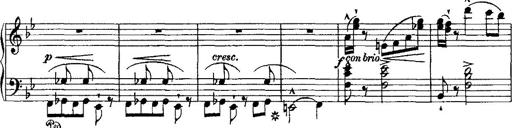
Title: Grande valse di bravura
Composer: Franz Liszt